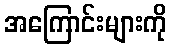
အကြောင်းများကို